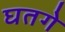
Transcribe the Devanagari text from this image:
घतगे